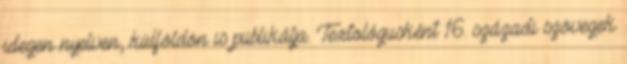
idegen nyelven, külföldön is publikálja. Textológusként 16. századi szövegek